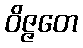
ဝိဇ္ဇတေ